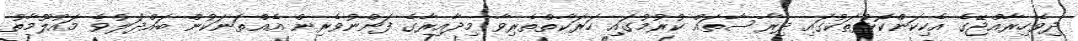
ދިވެހިރާއްޖޭގެ އެކިކަންކޮޅުތަކުގައި ދިރާސާތައް ކުރުމުގައި ހަރަކާތްތެރިވާ މިދާއިރާގެ ފަންނުވެރިން އެއްތަނަކުން ބައްދަލުވެ މައުލޫމާތު